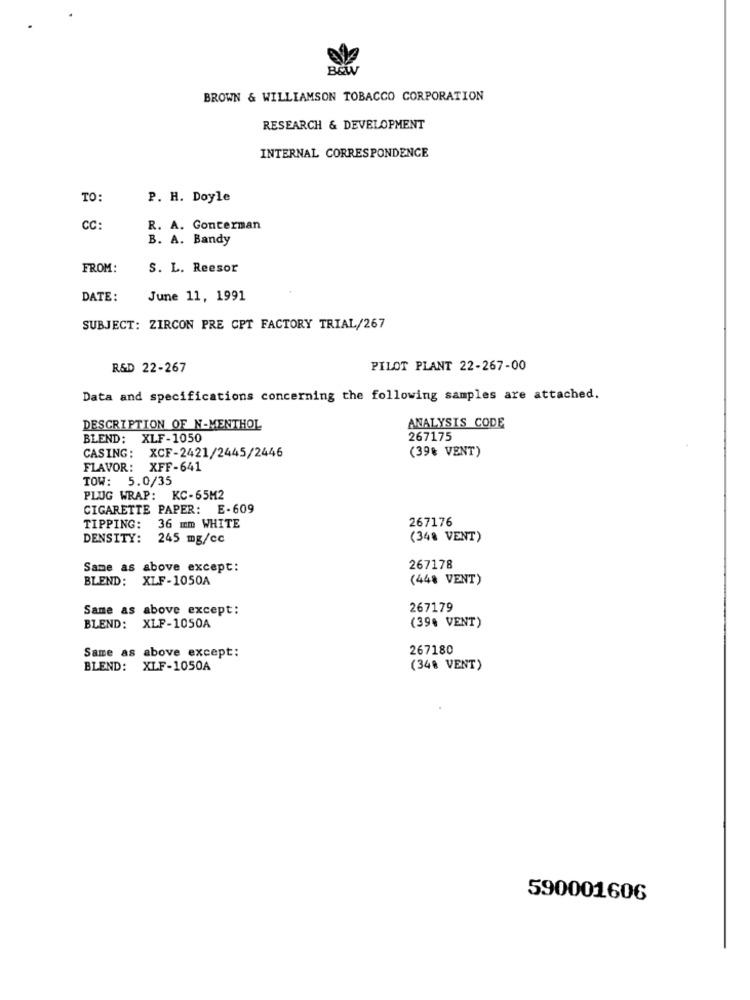
B&W
BROWN & WILLIAMSON TOBACCO CORPORATION
RESEARCH & DEVELOPMENT
INTERNAL CORRESPONDENCE
TO:
P. H. Doyle
CC:
R. A. Conterman
B. A. Bandy
FROM:
S. L. Reesor
DATE:
June 11, 1991
SUBJECT: ZIRCON PRE CPT FACTORY TRIAL/267
R&D 22-267
PILOT PLANT 22-267-00
Data and specifications concerning the following samples are attached.
DESCRIPTION OF N-MENTHOL
ANALYSIS CODE
BLEND: XLF-1050
267175
(39% VENT)
CASING: XCF-2421/2445/2446
FLAVOR: XFF-641
TOW: 5.0/35
PLUG WRAP: KC-65M2
CIGARETTE PAPER: E-609
267176
TIPPING:
36 mm WHITE
DENSITY:
245 mg/cc
(348 VENT)
Same as above except:
267178
BLEND: XLF-1050A
(448 VENT)
Same as above except:
267179
(39% VENT)
BLEND: XLF-1050A
Same as above except:
267180
BLEND: XLF-1050A
(34% VENT)
590001606